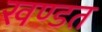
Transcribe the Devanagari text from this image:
खण्डत